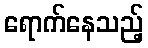
ရောက်နေသည့်